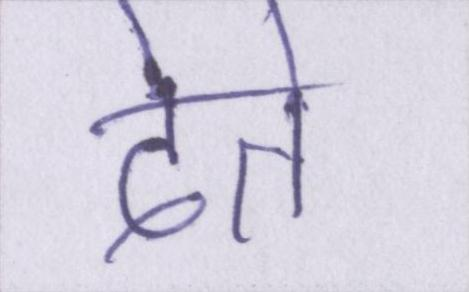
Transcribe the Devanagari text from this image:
देते